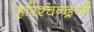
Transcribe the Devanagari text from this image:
हरिश्चन्द्रजी